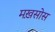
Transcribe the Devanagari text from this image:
मख़सोस